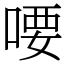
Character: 喓